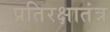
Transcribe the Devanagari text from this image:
प्रतिरक्षातंत्र